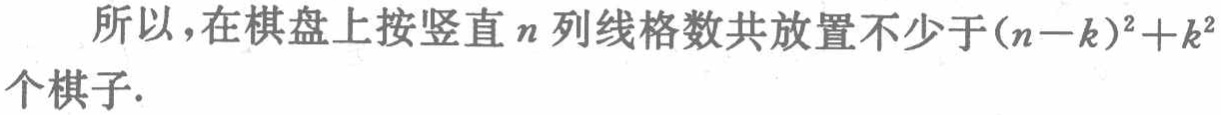
所以，在棋盘上按竖直\(n\)列线格数共放置不少于\((n - k)^2 + k^2\)个棋子.